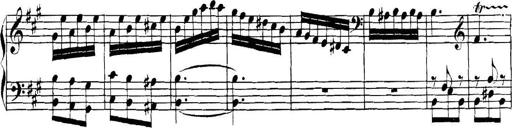
Title: Collected Piano Sonatas
Composer: Muzio Clementi